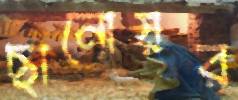
ছানোয়র